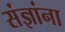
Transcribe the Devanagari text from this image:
संज्ञांना